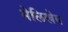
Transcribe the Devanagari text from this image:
मेलिखेव